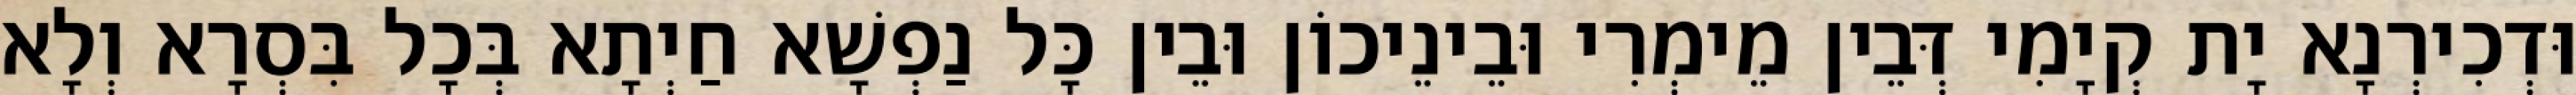
וּדְכִירְנָא יָת קְיָמִי דְּבֵין מֵימְרִי וּבֵינֵיכוֹן וּבֵין כָּל נַפְשָׁא חַיְתָא בְּכָל בִּסְרָא וְלָא